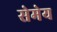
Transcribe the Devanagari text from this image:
सेमेय